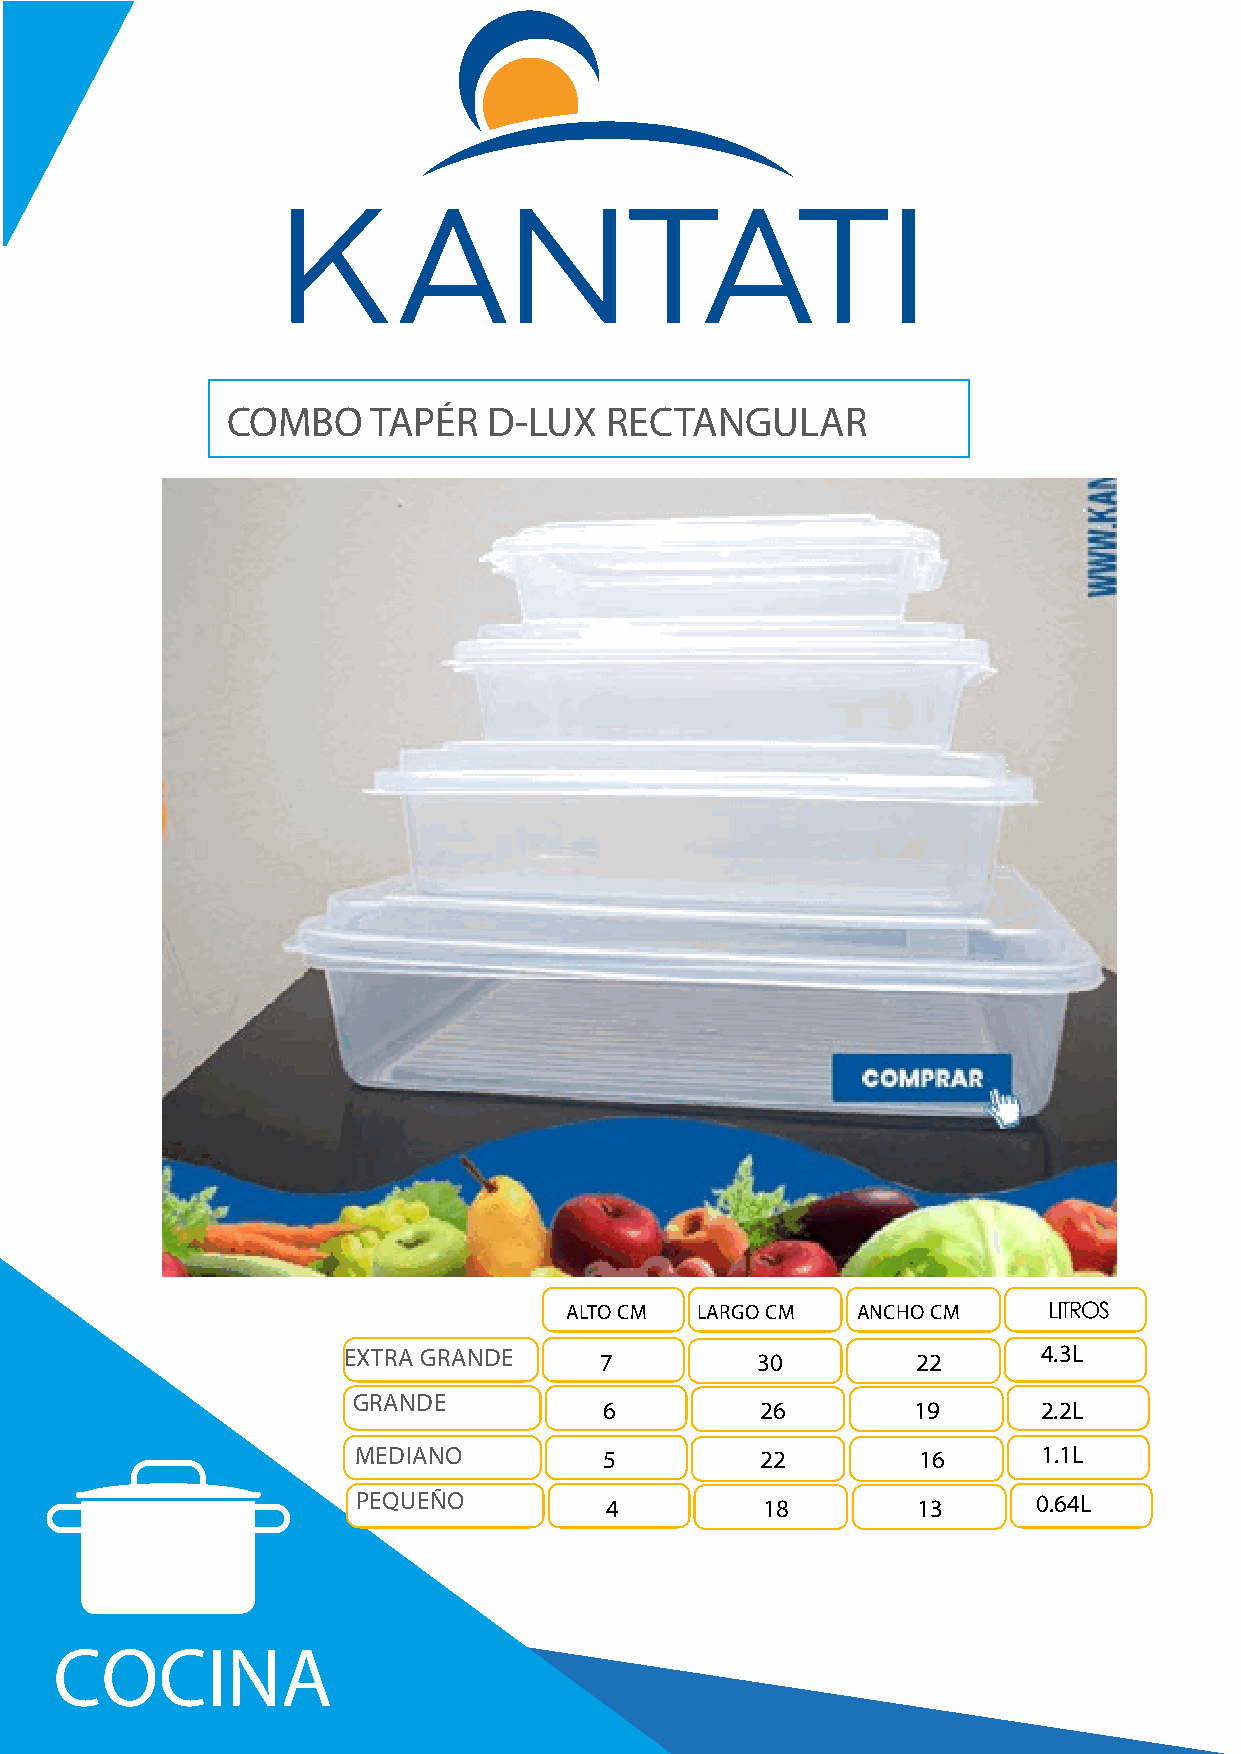
COMBO     TAPÉR  D-LUX   RECTANGULAR
 ALTO CM  LARGO CM   ANCHO CM
 EXTRA GRANDE     7         30         22      4.3L
 GRANDE
 6         26        19       2.2L
 MEDIANO          5         22         16      1.1L
 PEQUEÑO         4         18         13      0.64L
 COCINA